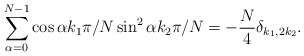
\begin{align*}\sum_{\alpha=0}^{N-1} \cos \alpha k_1 \pi/N \sin^2 \alpha k_2 \pi/N= - \frac{N}{4} \delta_{k_1,2k_2}. \end{align*}